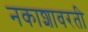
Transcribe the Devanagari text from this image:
नकाशावरती